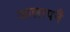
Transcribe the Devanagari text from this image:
आलापनै